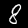
Label: 8